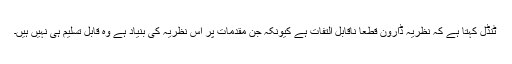
ٹنڈل کہتا ہے کہ نظریہ ڈارون قطعاً ناقابل التفات ہے کیونکہ جن مقدمات پر اس نظریہ کی بنیاد ہے وہ قابل تسلیم ہی نہیں ہیں۔